Report of the Indian Hemp Drugs Commission, 1894-1895 - Volume VII
Year: 1894
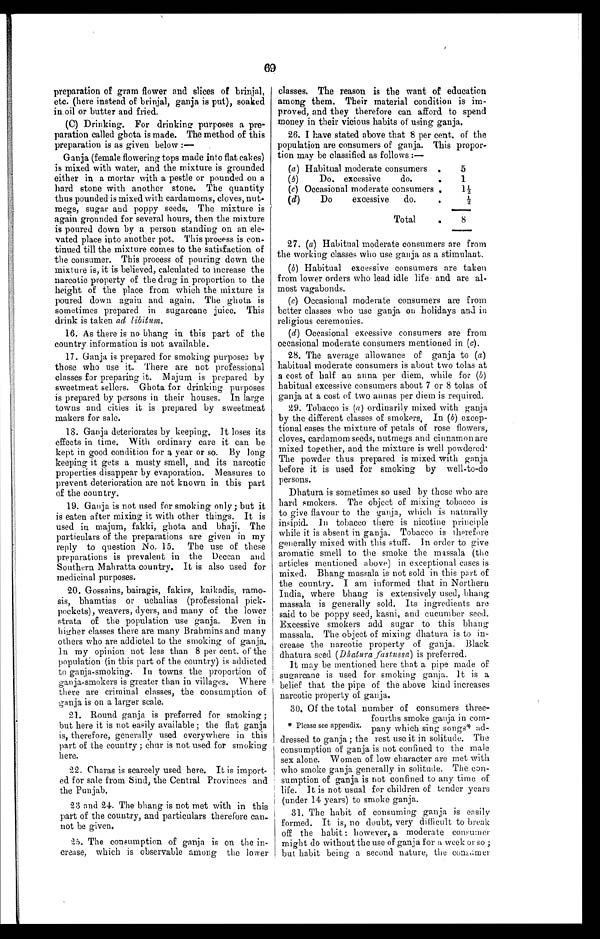
69
preparation of gram flower and slices of brinjal,
etc. (here instead of brinjal, ganja is put), soaked
in oil or butter and fried.
(C) Drinking. For drinking purposes a pre
- p a r a t i o n c a l l e d g h o t a i s m a d e . T h e m e t h o d o f t h i s
preparation is as given below :—
.
Ganja (female flowering tops made into flat cakes)
is mixed with water, and the mixture is grounded
either in a mortar with a pestle or pounded on a
hard stone with another stone. The quantity
thus pounded is mixed with cardamoms, cloves, nut
- m e g s , s u g a r a n d p o p p y s e e d s . T h e m i x t u r e i s
again grounded for several hours, then the mixture
is poured down by a person standing on an ele
-vated place into another pot. This process is con-
-tinued till the mixture comes to the satisfaction of
the consumer. This process of pouring down the
mixture is, it is believed, calculated to increase the
narcotic property of the drug in proportion to the
height of the place from which the mixture is
poured down again and again. The ghota is
sometimes prepared in sugarcane juice. This
drink is taken ad libitum.
16. As there is no bhang in this part of the
country information is not available.
17. Ganja is prepared for smoking purposes by
those who use it. There are not professional
classes for preparing it. Majum is prepared by
sweetmeat sellers. Ghota for drinking purposes
is prepared by persons in their houses. In large
towns and cities it is prepared by sweetmeat
makers for sale.
18. Ganja deteriorates by keeping. It loses its
effects in time. With ordinary care it can be
kept in good condition for a year or so. By long
keeping it gets a musty smell, and its narcotic
properties disappear by evaporation. Measures to
prevent deterioration are not known in this part
of the country.
19. Ganja is not used for smoking only ; but it
is eaten after mixing it with other things. It is
used in majum, fakki, ghota and bhaji. The
particulars of the preparations are given in my
reply to question No. 15. The use of these
preparations is prevalent in the Deccan and
Southern Mahratta country. It is also used for
medicinal purposes.
20. Gossains, bairagis, fakirs, kaikadis, ramo
-sis, bhamtias or uchalias (professional pick
- p o c k e t s ) ,
w e a v e r s ,
d y e r s , a n d m a n y o f t h e l o w e r
strata of the population use ganja. Even in
higher classes there are many Brahmins and many
others who are addicted to the smoking of ganja.
in my opinion not less than 8 per cent. of the
population (in this part of the country) is addicted
to ganja-smoking. In towns the proportion of
ganja-smokers is greater than in villages. Where
there are criminal classes, the consumption of
ganja is on a larger scale.
21. Round ganja is preferred for smoking ;
but here it is not easily available ; the flat ganja
is, therefore, generally used everywhere in this
part of the country ; chur is not used for smoking
here.
22. Charas is scarcely used here. It is import
- e d f o r s a l e f r o m S i n d , t h e C e n t r a l P r o v i n c e s a n d
the Punjab.
23 and 24. The bhang is not met with in this
part of the country, and particulars therefore can
- n o t b e g i v e n .
25. The consumption of ganja is on the in
- c r e a s e , w h i c h i s o b s e r v a b l e a m o n g t h e l o w e r
classes. The reason is the want of education
among them. Their material condition is im
- p r o v e d , a n d t h e y t h e r e f o r e c a n a f f o r d t o s p e n d
money in their vicious habits of using ganja.
26. I have stated above that 8 per cent. of the
population are consumers of ganja. This propor
- t i o n m a y b e c l a s s i f i e d a s f o l l o w s : —
(a) Habitual moderate consumers
5
1
( b) Do. excessive do.
1½
(c) Occasional moderate consumers
(d)
Do excessive do.
½
Total
8
27. (a) Habitual moderate consumers are from
the working classes who use ganja as a stimulant.
(b) Habitual excessive consumers are taken
from lower orders who lead idle life and are al
-most vagabonds.
(c) Occasional moderate consumers are from
better classes who use ganja on holidays and in
religious ceremonies.
(d) Occasional excessive consumers are from
occasional moderate consumers mentioned in (c).
28. The average allowance of ganja to (a)
habitual moderate consumers is about two tolas at
a cost of half an anna per diem, while for (b)
habitual excessive consumers about 7 or 8 tolas of
ganja at a cost of two annas per diem is required.
29. Tobacco is (a) ordinarily mixed with ganja
by the different classes of smokers. In (b) excep
- t i o n a l c a s e s t h e m i x t u r e o f p e t a l s o f r o s e f l o w e r s ,
cloves, cardamom seeds, nutmegs and cinnamon are
mixed together, and the mixture is well powdered.
The powder thus prepared is mixed with ganja
before it is used for smoking by well-to-do
persons.
Dhatura is sometimes so used by those who are
hard smokers. The object of mixing tobacco is
to give flavour to the ganja, which is naturally
insipid. In tobacco there is nicotine principle
while it is absent in ganja. Tobacco is therefore
generally mixed with this stuff. In order to give
aromatic smell to the smoke the massala (the
articles mentioned above) in exceptional cases is
mixed. Bhang massala is not sold in this part of
the country. I am informed that in Northern
India, where bhang is extensively used, bhang
massala is generally sold. Its ingredients are
said to be poppy seed, kasni, and cucumber seed.
Excessive smokers add sugar to this bhang
massala. The object of mixing dhatura is to in
-crease the narcotic property of ganja. Black
dhatura seed (Dhatura fastussa) is preferred.
It may be mentioned here that a pipe made of
sugarcane is used for smoking ganja. It is a
belief that the pipe of the above kind increases
narcotic property of ganja.
30. Of the total number of consumers three
-fourths smoke ganja in com
-pany which sing songs* ad
-dressed to ganja ; the rest use it in solitude. The
consumption of ganja is not confined to the male
sex alone. Women of low character are met with
who smoke ganja generally in solitude. The con
-sumption of ganja is not confined to any time of
life. It is not usual for children of tender years
(under 14 years) to smoke ganja.
31. The habit of consuming ganja is easily
formed. It is, no doubt, very difficult to break
off the habit : however, a moderate consumer
might do without the use of ganja for a week or so ;
but habit being a second nature, the consumer
* Please see appendix.